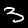
Label: 3